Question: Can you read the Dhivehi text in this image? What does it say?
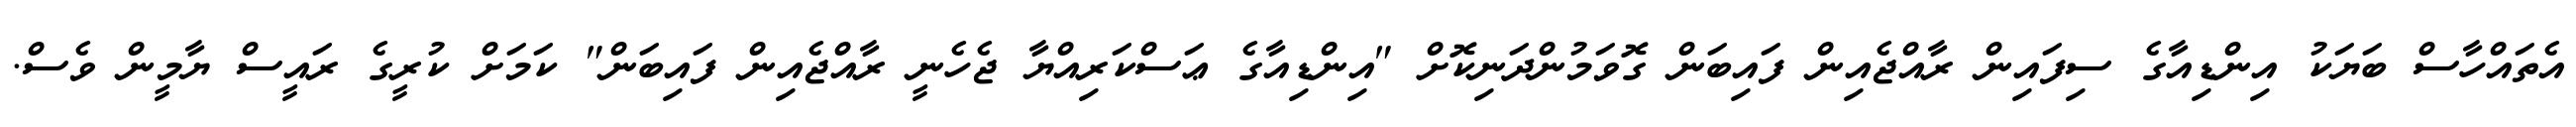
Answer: އެތައްހާސް ބަޔަކު އިންޑިއާގެ ސިފައިން ރާއްޖެއިން ފައިބަން ގޮވަމުންދަނިކޮށް "އިންޑިއާގެ ޢަސްކަރިއްޔާ ޖެހެނީ ރާއްޖެއިން ފައިބަން" ކަމަށް ކުރީގެ ރައީސް ޔާމީން ވެސް.